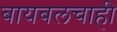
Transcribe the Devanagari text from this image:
बायबलचाही